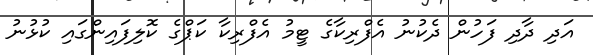
އަދި ދާދި ފަހުން ދެކުނު އެފްރިކާގެ ޓީމު އެފްރިކާ ކަޕްގެ ކޮލިފައިންގައި ކުޅުނު